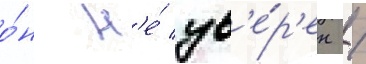
о́н н'е́ ув'е́р'ен /